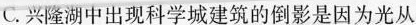
C.兴隆湖中出现科学城建筑的倒影是因为光从